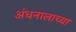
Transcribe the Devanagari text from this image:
अंधनालाच्या